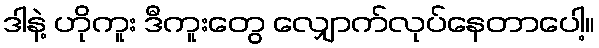
ဒါနဲ့ ဟိုကူး ဒီကူးတွေ လျှောက်လုပ်နေတာပေါ့။